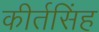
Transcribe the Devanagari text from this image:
कीर्तसिंह